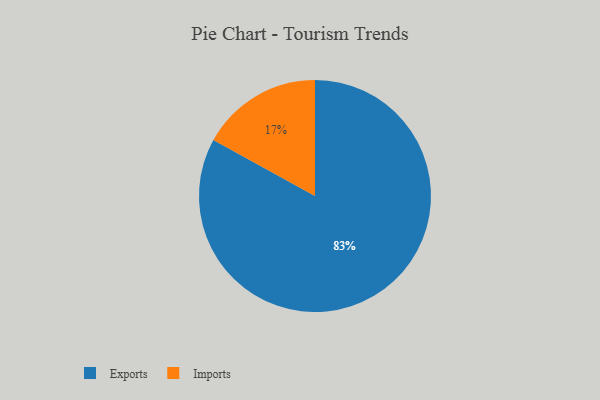
{"axis": {"x": "Category", "y": "Percentage"}, "legend": ["Exports", "Imports"], "data": [{"x": "Exports", "y": 83, "type": "Exports"}, {"x": "Imports", "y": 17, "type": "Imports"}]}